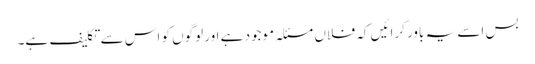
بس اسے یہ باور کرائیں کہ فلاں مسئلہ موجود ہے اور لوگوں کو اس سے تکلیف ہے۔